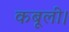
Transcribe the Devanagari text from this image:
कबूली।